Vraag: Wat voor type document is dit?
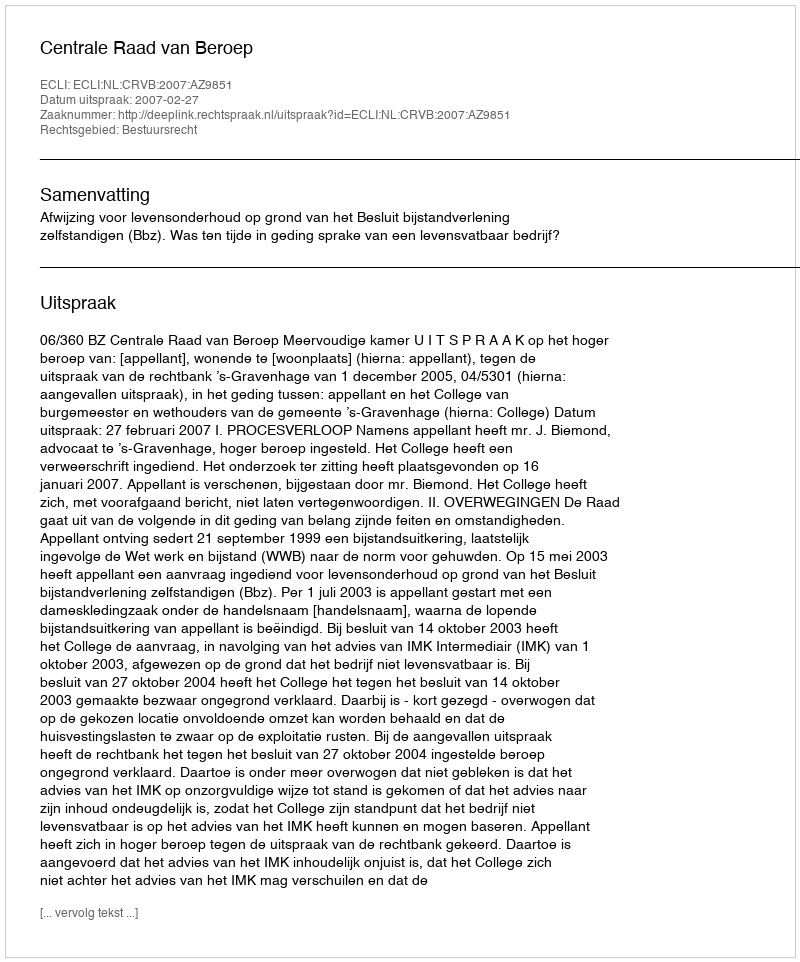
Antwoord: Uitspraak